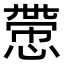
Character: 慸